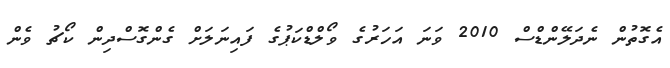
އެގޮތުން ނެދަލޭންޑްސް 2010 ވަނަ އަހަރުގެ ވޯލްޑްކަޕުގެ ފައިނަލަށް ގެންގޮސްދިން ކޯޗު ވެން